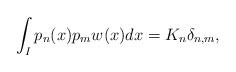
LaTeX: \begin{align*}\int_{I}p_{n}(x)p_{m}w(x)dx=K_{n}\delta_{n,m},\end{align*}